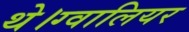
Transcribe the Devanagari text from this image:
थे।ग्वालियर